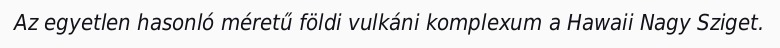
Az egyetlen hasonló méretű földi vulkáni komplexum a Hawaii Nagy Sziget.